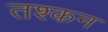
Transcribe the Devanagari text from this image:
तश्कन